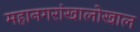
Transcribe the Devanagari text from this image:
महानगरांखालोखाल